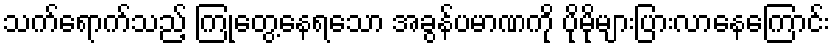
သက်ရောက်သည့် ကြုံတွေ့နေရသော အခွန်ပမာဏကို ပိုမိုများပြားလာနေကြောင်း